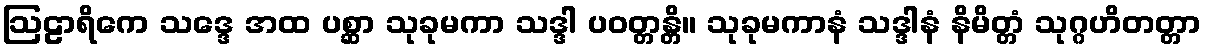
ဩဠာရိကေ သဒ္ဒေ အထ ပစ္ဆာ သုခုမကာ သဒ္ဒါ ပဝတ္တန္တိ။ သုခုမကာနံ သဒ္ဒါနံ နိမိတ္တံ သုဂ္ဂဟိတတ္တာ